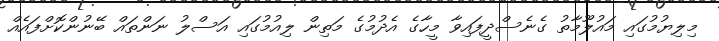
މިލިޔުމުގައި މައުލޫމާތު ގެނެސްދީފައިވާ މީހާގެ އެދުމުގެ މަތިން ލިއުމުގައި އަސްލު ނަންތައް ބޭނުންކޮށްފައެއް